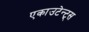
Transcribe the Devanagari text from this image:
एकाउटेन्ट्स